Leaving Certificate Examination, 1902
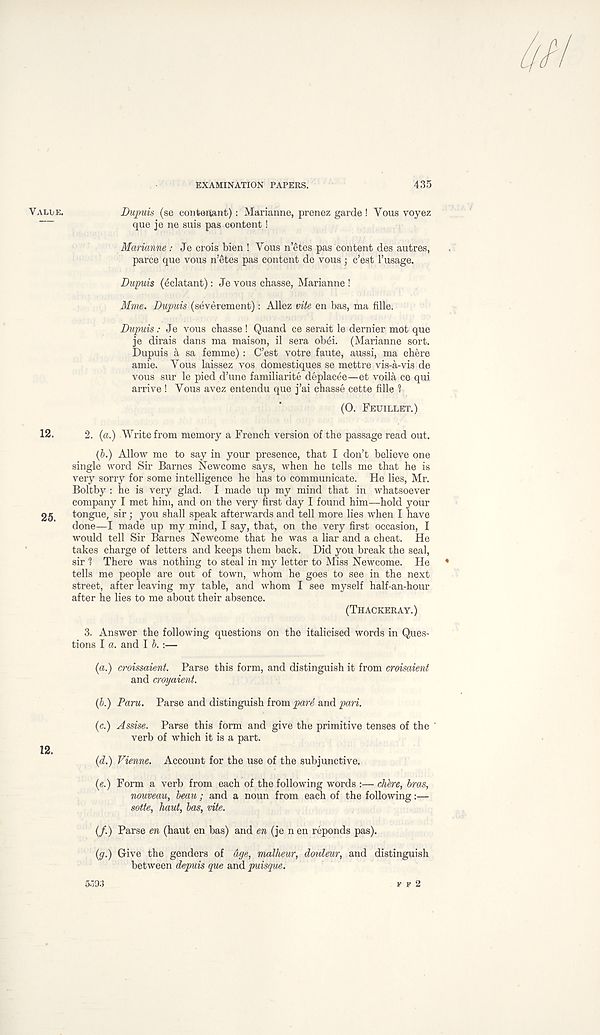
EXAMINATION PAPERS.
435
VALLE.
Dupuis (se conte«ant): Marianne, prenez garde ! Yous voyez
que je ne suis pas content!
Marianne: Je crois bien ! Yous n etes pas content des autres,
parce que vous n’etes pas content de vous ; c’est 1’usage.
Dupuis (cclatant): Je vous chasse, Marianne !
Mme. Dupuis (severement): Allez vite en has, ma fille.
Dupuis .• Je vous chasse ! Quand ce serait le dernier mot que
je dirais dans ma maison, il sera ob£i. (Marianne sort.
Dupuis a sa femme): C’est votre faute, aussi, ma chere
amie. Yous laissez vos domestiques se mettre vis-a-vis de
vous sur le pied d’une familiarite deplacee—et voila co qui
arrive ! Yous avez entendu que j’ai chasse cette fille 1
(O. FEUILLET.)
12.
2. (a.) Write from memory a French version of the passage read out.
(5.) Allow me to say in your presence, that I don’t believe one
single word Sir Barnes Newcome says, when he tells me that he is
very sorry for some intelligence he has to communicate. He lies, Mr.
Boltby : he is very glad. I made up my mind that in whatsoever
company I met him, and on the very first day I found him—hold your
gg
tongue, sir; you shall speak afterwards and tell more lies when I have
done—I made up my mind, I say, that, on the very first occasion, I
would tell Sir Barnes Newcome that be was a liar and a cheat. He
takes charge of letters and keeps them back. Did you break the seal,
sir 1 There was nothing to steal in my letter to Miss Newcome. He
tells me people are out of town, whom he goes to see in the next
street, after leaving my table, and whom I see myself half-an-hour
after be lies to me about their absence.
(THACKERAY.)
3. Answer the following questions on the italicised words in Ques-
tions I a. and I b. :—
(a.) croissaient. Parse this form, and distinguish it from craisaient
and croyaient.
(b.) Paru. Parse and distinguish from pari and pari.
(c.) Assise. Parse this form and give the primitive tenses of the '
verb of which it is a part.
12.
(d.) Vienne. Account for the use of the subjunctive.
(e.) Form a verb from each of the following words :— chbre, bras,
nouveau, beau ; and a noun from each of the following:—
sotte, haut, bos, vite.
(/.) Parse en (haut en has) and en (je n en reponds pas).
(g.) Give the genders of age, malheur, doulew, and distinguish
between depuis que and puisque.
5i’93
F F 2